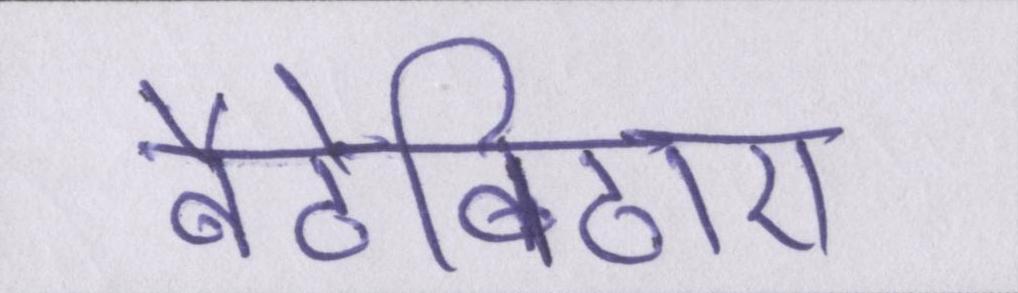
बैठेबिठाए